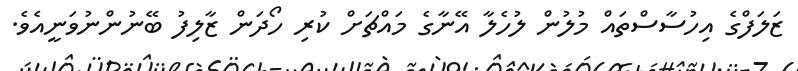
ޒަލަފްގެ އިހުސާސްތައް މުލުން ލުހެލާ އޭނާގެ މައްޗަށް ކުރި ހޯދަން ޒާލިފު ބޭނުންނުވަނީއެވެ.